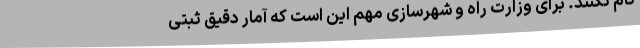
نام نکنند. برای وزارت راه و شهرسازی مهم این است که آمار دقیق ثبتی